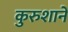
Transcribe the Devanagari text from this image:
कुरुशाने